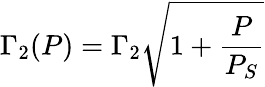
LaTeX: \Gamma_{2}(P)=\Gamma_{2}\sqrt{1+\frac{P}{P_{S}}}